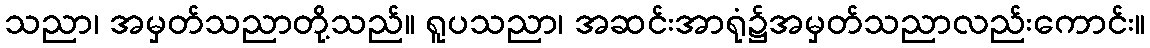
သညာ၊ အမှတ်သညာတို့သည်။ ရူပသညာ၊ အဆင်းအာရုံ၌အမှတ်သညာလည်းကောင်း။